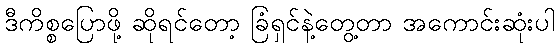
ဒီကိစ္စပြောဖို့ ဆိုရင်တော့ ခြံရှင်နဲ့တွေ့တာ အကောင်းဆုံးပါ